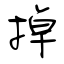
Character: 掉